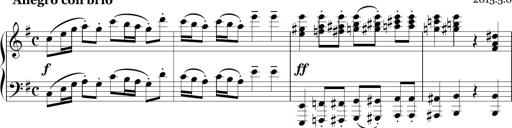
Title: Sonatina in E minor
Composer: Shuwen Zhang
Key: E minor